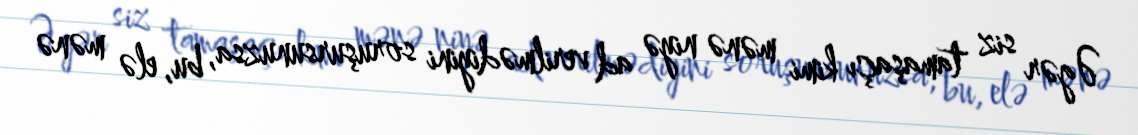
Əgər siz tamaşaçı kimi mənə niyə ad verilmədiyini soruşursunuzsa, bu, elə mənə